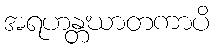
အရဟန္တဃာတကာပိ